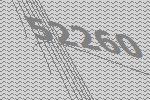
52260